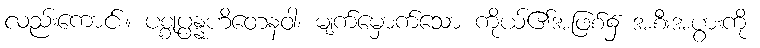
လည်းကောင်း။ ပစ္စုပ္ပန္နဟိတေနဝါ၊ မျက်မှောက်သော ကိုယ်၏အဖြစ်၌ အစီးအပွားကို